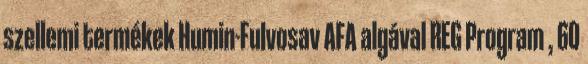
szellemi termékek Humin-Fulvosav AFA algával REG Program , 60